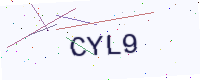
Text: CYL9